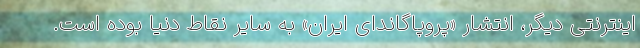
اینترنتی دیگر، انتشار «پروپاگاندای ایران» به سایر نقاط دنیا بوده است.